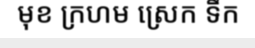
មុខ ក្រហម ស្រេក ទឹក